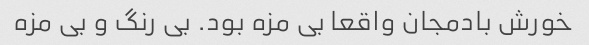
خورش بادمجان واقعا بی مزه بود. بی رنگ و بی مزه